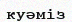
куәміз